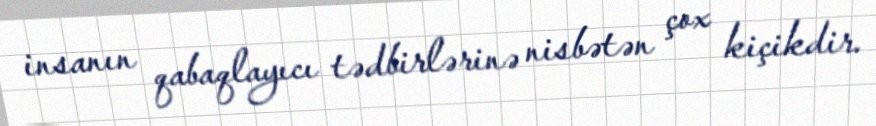
insanın qabaqlayıcı tədbirlərinə nisbətən çox kiçikdir.